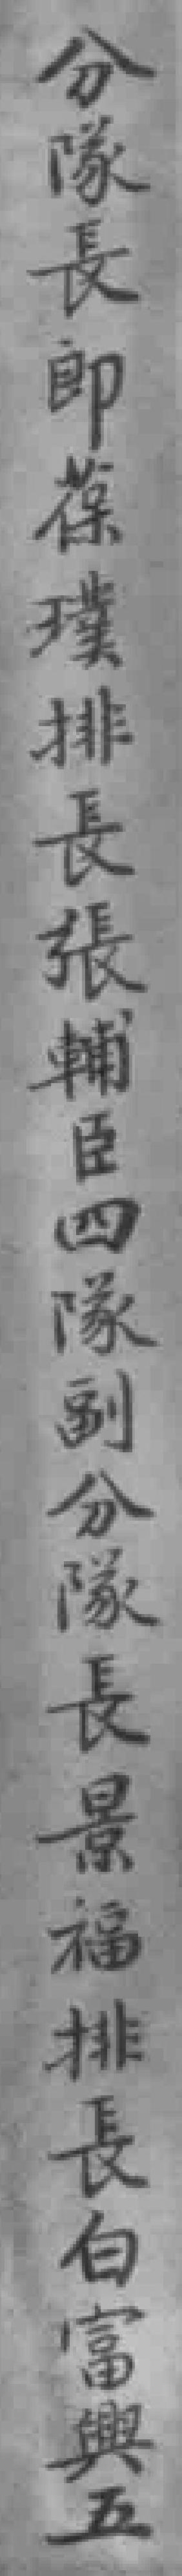
分隊長郎葆璞排長張輔臣四隊副分隊長景福排長白富興